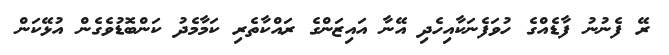
ރޭ ފެނުނު ފާޑެއްގެ ހުވަފެނަކާއިހެދި އޭނާ އައިޒަންގެ ރައްކާތެރި ކަމާމެދު ކަންބޮޑުވެގެން އުޅޭކަން